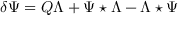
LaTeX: \delta \Psi = Q \Lambda + \Psi \star \Lambda - \Lambda \star \Psi